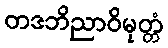
တဒဘိညာဝိမုတ္တံ